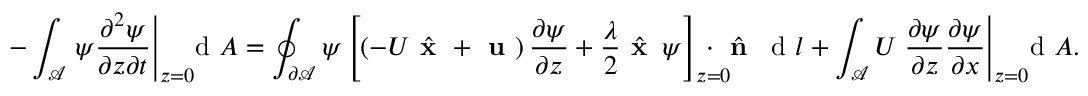
- \int _ { \mathcal { A } } \left. \psi \frac { \partial ^ { 2 } \psi } { \partial z \partial t } \right| _ { z = 0 } \! \! \! \! \, \textrm { d } A = \oint _ { \partial \mathcal { A } } \psi \left[ \left( - U \hat { \textbf { x } } + \textbf { u } \right) \frac { \partial \psi } { \partial z } + \frac { \lambda } { 2 } \hat { \textbf { x } } \, \psi \right] _ { z = 0 } \! \! \! \! \! \! \! \cdot \hat { \textbf { n } } \, \textrm { d } l + \int _ { \mathcal { A } } U \left. \frac { \partial \psi } { \partial z } \frac { \partial \psi } { \partial x } \right| _ { z = 0 } \! \! \! \! \, \textrm { d } A .